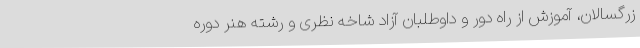
زرگسالان، آموزش از راه دور و داوطلبان آزاد شاخه نظری و رشته هنر دوره